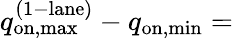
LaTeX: q_{\mathrm{on,max}}^{\mathrm{(1-lane)}}-q_{\mathrm{on,min}}=